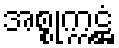
အစ္စုက္ကဋ္ဌံ